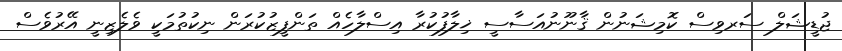
ޖުޑީޝަލް ސަރވިސް ކޮމިޝަނުން ޤާނޫނުއަސާސީ ޚިލާފުކުރާ އިސްލާހެއް ތަންފީޒުކުރަން ނިކުތުމަކީ ވެލެޒިނީ އޭރުވެސް